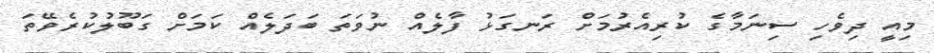
މިއީ ދިވެހި ސިނަމާގެ ކުރިއެރުމަށް ރަނގަޅު ފާލެއް ނުވަތަ ބަދަލެއް ކަމަށް ގަބޫލުކުރެވޭތަ